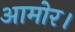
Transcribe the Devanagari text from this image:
आमोर।